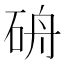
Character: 𥑸